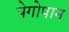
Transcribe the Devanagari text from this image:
त्रेगोपान